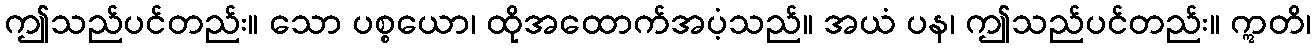
ဤသည်ပင်တည်း။ သော ပစ္စယော၊ ထိုအထောက်အပံ့သည်။ အယံ ပန၊ ဤသည်ပင်တည်း။ ဣတိ၊